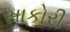
સાકોરી